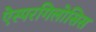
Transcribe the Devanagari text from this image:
ऐस्परगिलोसिस